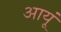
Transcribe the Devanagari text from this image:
आयूं